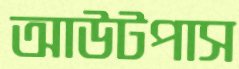
আউটপাস